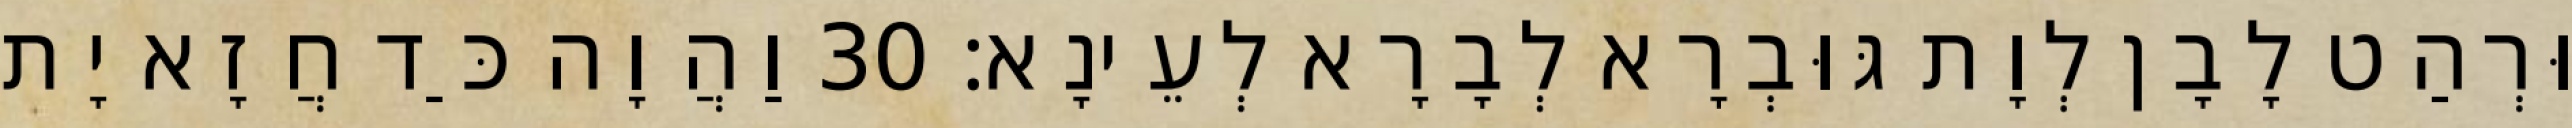
וּרְהַט לָבָן לְוָת גּוּבְרָא לְבָרָא לְעֵינָא׃ 30 וַהֲוָה כַּד חֲזָא יָת